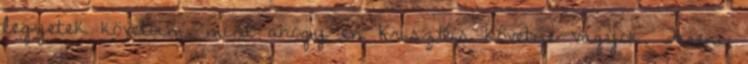
legyetek követőim, mint ahogy én Krisztus követője vagyok. Ferenc